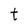
Character: t